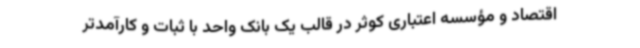
اقتصاد و مؤسسه اعتباری کوثر در قالب یک بانک واحد با ثبات و کارآمدتر